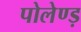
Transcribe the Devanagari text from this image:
पोलेण्ड़